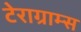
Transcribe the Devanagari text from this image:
टेराग्राम्स